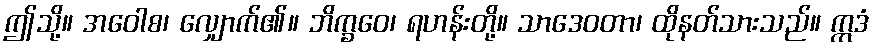
ဤသို့။ အဝေါစ၊ လျှောက်၏။ ဘိက္ခဝေ၊ ရဟန်းတို့။ သာဒေဝတာ၊ ထိုနတ်သားသည်။ ဣဒံ